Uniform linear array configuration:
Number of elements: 32
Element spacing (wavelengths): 0.75
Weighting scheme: uniform
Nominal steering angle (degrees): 0
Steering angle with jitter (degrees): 1.324
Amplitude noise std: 0.05
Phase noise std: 0.05

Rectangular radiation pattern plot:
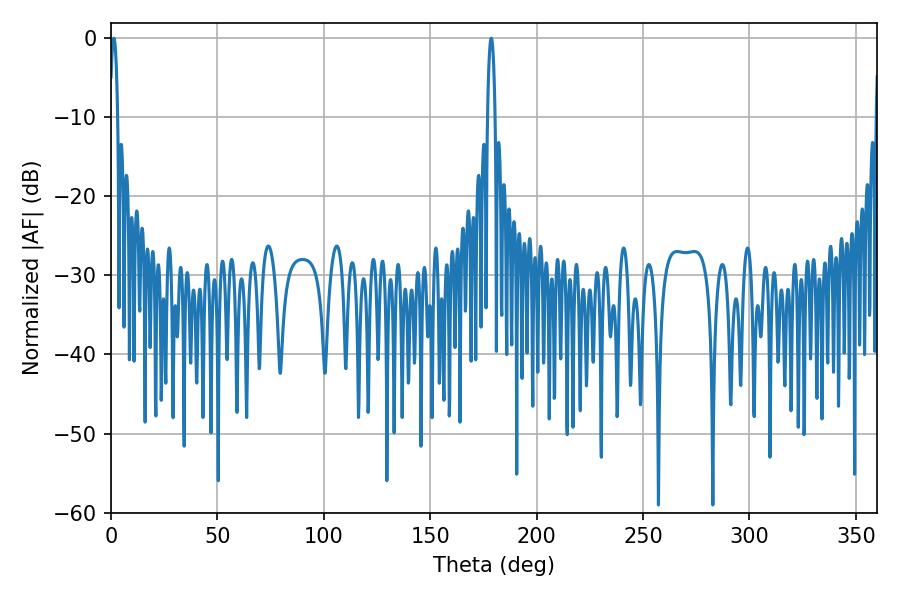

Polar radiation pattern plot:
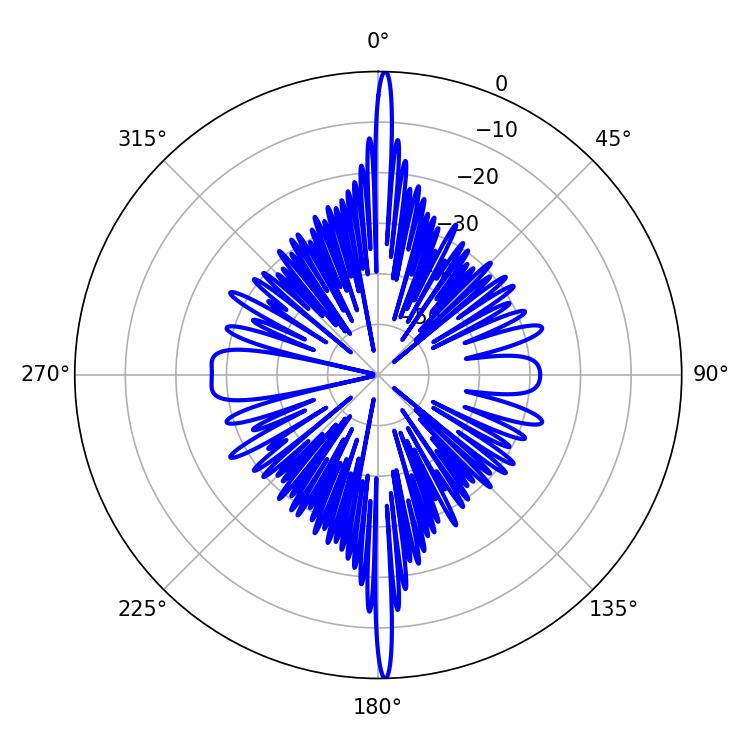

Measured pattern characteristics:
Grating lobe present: TRUE
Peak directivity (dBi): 30.301
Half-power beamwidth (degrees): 1.98
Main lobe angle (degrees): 178.74